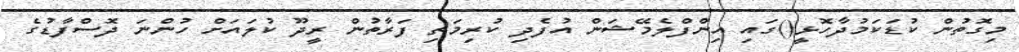
މިގޮތުން ކުޑަކަމުދާހޮޅީ()ގައި އިންފްލެމޭޝަން އުފެދި ކުރިމަތި ފަރާތުން ރީދޫ ކުލައަށް ހުންނަ ދޮސްފާޑުގެ